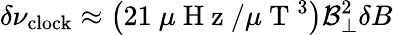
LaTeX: \delta\nu_{\mathrm{clock}}\approx\left(21~\mu\mathrm{~H~z~}/\mu\mathrm{~T~}^{3}\right)\mathcal{B}_{\perp}^{2}\delta B